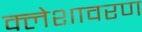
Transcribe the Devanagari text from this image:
क्लेशावरण